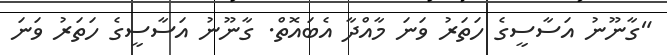
"ގާނޫނު އަސާސީގެ ހަތަރު ވަނަ މާއްދާ އެބައޮތް. ގާނޫނު އަސާސީގެ ހަތަރު ވަނަ